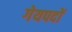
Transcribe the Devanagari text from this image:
गेयपदों